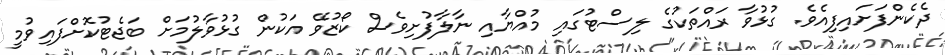
ދެކެންފަށައިފިއެވެ. ގުޅުވާ ރައްތަކުގެ ލިސްޓުގައި މުއްޔާއި ނާލާފުށިވެސް ކޯޒުވޭ އަކުން ގުޅުވާލުމަށް ބަޖެޓުކޮށްފައިވުމީ